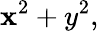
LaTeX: \mathbf{x}^{2}+y^{2},